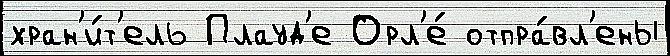
хран'и́т'ель Плауд'е Орл'е́ отпра́вл'ены